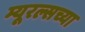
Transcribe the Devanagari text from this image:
म्यूरल्सच्या